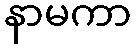
နာမကာ